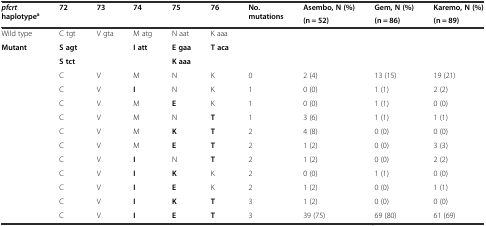
<table><thead><tr><td rowspan="2"><b><i>pfcrt</i>haplotype<sup>a</sup></b></td><td rowspan="2"><b>72</b></td><td rowspan="2"><b>73</b></td><td rowspan="2"><b>74</b></td><td rowspan="2"><b>75</b></td><td rowspan="2"><b>76</b></td><td rowspan="2"><b>No. mutations</b></td><td><b>Asembo, N (%)</b></td><td><b>Gem, N (%)</b></td><td><b>Karemo, N (%)</b></td></tr><tr><td><b>(n = 52)</b></td><td><b>(n = 86)</b></td><td><b>(n = 89)</b></td></tr></thead><tbody><tr><td>Wild type</td><td>C tgt</td><td>V gta</td><td>M atg</td><td>N aat</td><td>K aaa</td><td></td><td></td><td></td><td></td></tr><tr><td rowspan="2"><b>Mutant</b></td><td><b>S agt</b></td><td rowspan="2"></td><td rowspan="2"><b>I att</b></td><td><b>E gaa</b></td><td rowspan="2"><b>T aca</b></td><td rowspan="2"></td><td rowspan="2"></td><td rowspan="2"></td><td rowspan="2"></td></tr><tr><td><b>S tct</b></td><td><b>K aaa</b></td></tr><tr><td></td><td>C</td><td>V</td><td>M</td><td>N</td><td>K</td><td>0</td><td>2 (4)</td><td>13 (15)</td><td>19 (21)</td></tr><tr><td></td><td>C</td><td>V</td><td><b>I</b></td><td>N</td><td>K</td><td>1</td><td>0 (0)</td><td>1 (1)</td><td>2 (2)</td></tr><tr><td></td><td>C</td><td>V</td><td>M</td><td><b>E</b></td><td>K</td><td>1</td><td>0 (0)</td><td>1 (1)</td><td>0 (0)</td></tr><tr><td></td><td>C</td><td>V</td><td>M</td><td>N</td><td><b>T</b></td><td>1</td><td>3 (6)</td><td>1 (1)</td><td>1 (1)</td></tr><tr><td></td><td>C</td><td>V</td><td>M</td><td><b>K</b></td><td><b>T</b></td><td>2</td><td>4 (8)</td><td>0 (0)</td><td>0 (0)</td></tr><tr><td></td><td>C</td><td>V</td><td>M</td><td><b>E</b></td><td><b>T</b></td><td>2</td><td>1 (2)</td><td>0 (0)</td><td>3 (3)</td></tr><tr><td></td><td>C</td><td>V</td><td><b>I</b></td><td>N</td><td><b>T</b></td><td>2</td><td>1 (2)</td><td>0 (0)</td><td>2 (2)</td></tr><tr><td></td><td>C</td><td>V</td><td><b>I</b></td><td><b>K</b></td><td>K</td><td>2</td><td>0 (0)</td><td>1 (1)</td><td>0 (0)</td></tr><tr><td></td><td>C</td><td>V</td><td><b>I</b></td><td><b>E</b></td><td>K</td><td>2</td><td>1 (2)</td><td>0 (0)</td><td>1 (1)</td></tr><tr><td></td><td>C</td><td>V</td><td><b>I</b></td><td><b>K</b></td><td><b>T</b></td><td>3</td><td>1 (2)</td><td>0 (0)</td><td>0 (0)</td></tr><tr><td></td><td>C</td><td>V</td><td><b>I</b></td><td><b>E</b></td><td><b>T</b></td><td>3</td><td>39 (75)</td><td>69 (80)</td><td>61 (69)</td></tr></tbody></table>